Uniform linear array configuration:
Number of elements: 4
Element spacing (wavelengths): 1
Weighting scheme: cosine
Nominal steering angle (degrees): -60
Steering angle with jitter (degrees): -58.201
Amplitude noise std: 0.05
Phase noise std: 0.05

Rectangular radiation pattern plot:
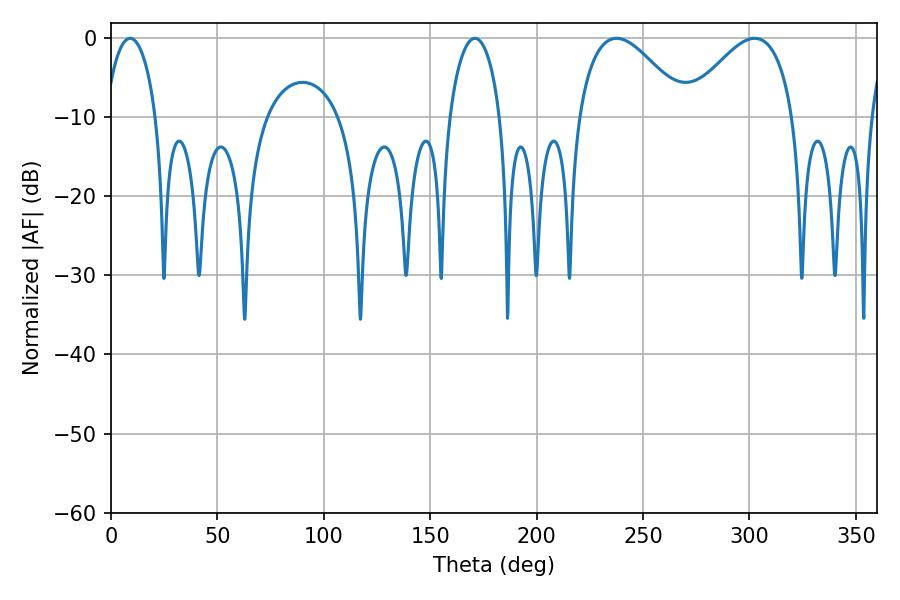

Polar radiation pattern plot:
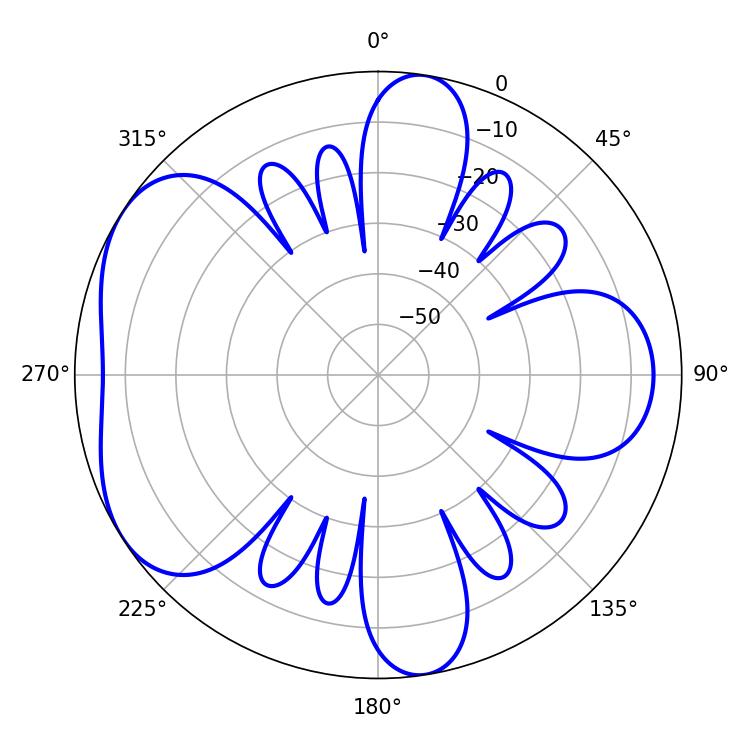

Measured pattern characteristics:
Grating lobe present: TRUE
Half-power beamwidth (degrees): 13.68
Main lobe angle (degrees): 9